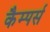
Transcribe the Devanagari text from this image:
कैम्पर्स